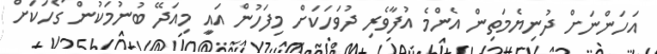
އަހަންނަށް ދުނިޔެމަތިން އެންމެ އުފާވެރި ދުވަހަކަށް މިފަހުން އައިީ މިއަދޭ ބުނުމަކުން ގޯހަކަށް